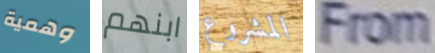
وهمية ابنهم المشروع From